Civil Veterinary Department Bihar & Orissa reports 1929-36 - 1929-1936
Year: 1929
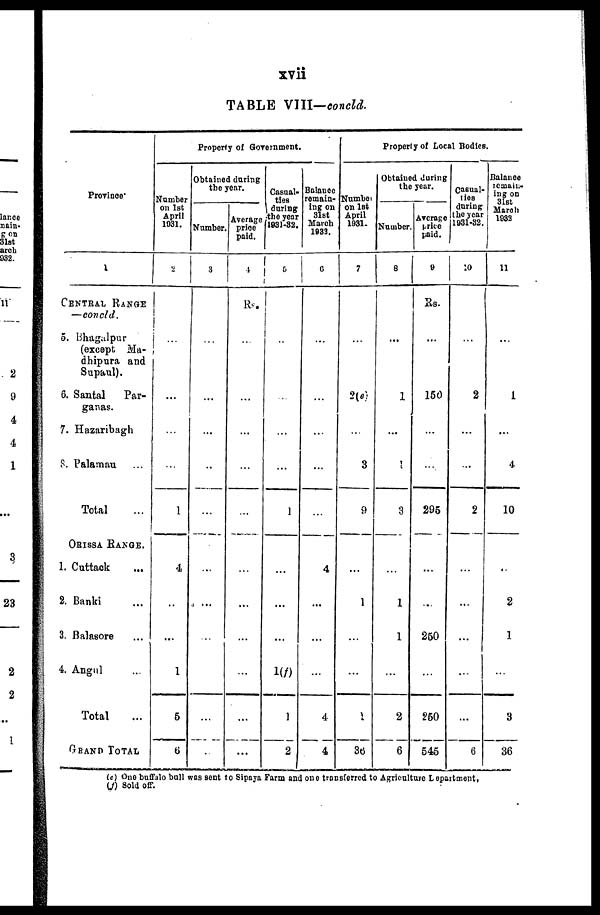
xvii
TABLE VIII—concld.
Province.
1
CENTRAL RANGE
—concld.
5. Bhagalpur
(except Ma-
dhipura and
Supaul).
6. Santal
Par-
ganas.
7. Hazaribagh
8. Palamau ...
Total ...
ORISSA RANGE.
1. Cattack ...
2. Banki ...
3. Balasore ...
4. Angul ...
Total ...
GRAND TOTAL
Property of Government.
Number
on 1st
April
1931.
2
...
...
...
...
1
4
...
...
1
5
6
Obtained daring
the year.
Number.
3
...
...
...
...
...
...
...
...
...
...
...
Average
price
paid.
4
Rs.
...
...
...
...
...
...
...
...
...
...
...
Casual-
ties
during
the year
1931-32.
5
..
...
...
...
1
...
...
...
1(f)
1
2
Balance
remain-
ing on
31st
March
1932.
6
...
...
...
...
...
4
...
...
...
4
4
Property of Local Bodies.
Number
on 1st
April
1931.
7
...
2(e)
...
3
9
...
1
...
...
1
8b
Obtained during
the year.
Number.
8
...
1
...
...
3
...
1
1
...
2
6
Average
price
paid.
9
Rs.
...
150
...
...
296
...
...
250
...
250
545
Casual-
lies
daring
the year
1931-32.
10
...
2
...
...
2
...
...
...
...
...
6
Balance
remain-
ing on
31st
March
1933
11
...
1
...
4
10
..
2
1
...
3
36
(e) One buffalo bull was sent to Sipaya Farm and one transferred to Agriculture Department,
(f) Sold off.